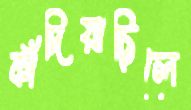
কাঁদিয়াছিলে